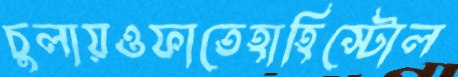
চুলায়ওফাতেহাহিস্টোল